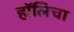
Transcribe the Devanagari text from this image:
हॉलिचा